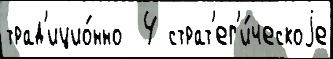
трад'ицио́нно  4 страт'ег'и́ческоjе